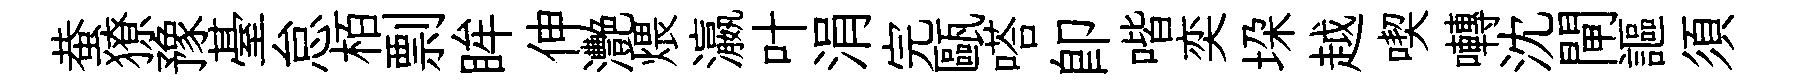
蛬獠豫䑓怠栢剽眸伸灧煨瀛叶涓完甌嗒即喈奕垜越喫囀沈閘謳須